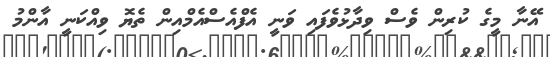
އޭނާ މީގެ ކުރިން ވެސް ވިދާޅުވެފައި ވަނީ އެފްއެސްއެމްއިން ތެޔޮ ވިއްކަނީ އާންމު